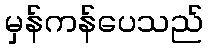
မှန်ကန်ပေသည်